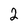
Character: 2